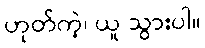
ဟုတ်ကဲ့၊ ယူ သွားပါ။